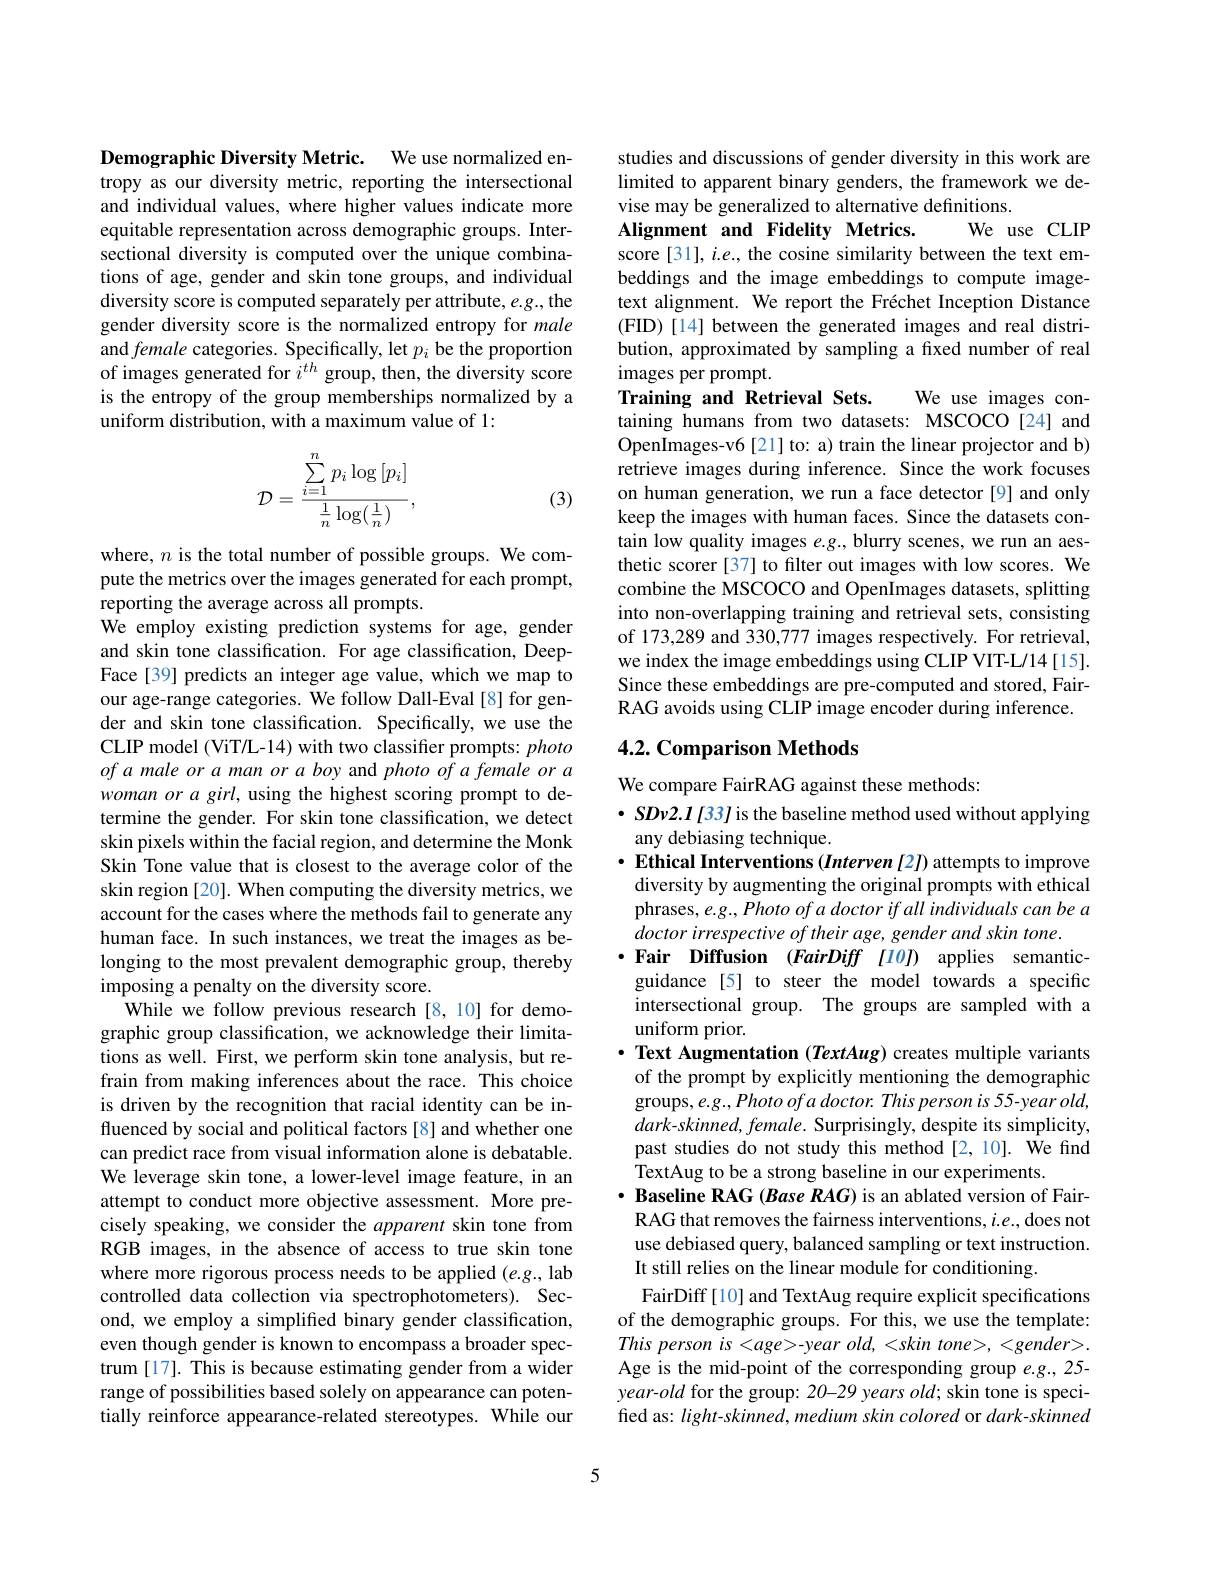
Demographic Diversity Metric. We use normalized en-

tropy as our diversity metric, reporting the intersectional and individual values, where higher values indicate more equitable representation across demographic groups. Intersectional diversity is computed over the unique combinations of age, gender and skin tone groups, and individual diversity score is computed separately per attribute, e.g., the gender diversity score is the normalized entropy for male and female categories. Specifically, let $p_i$ be the proportion of images generated for $i^{th}$ group, then, the diversity score is the entropy of the group memberships normalized by a uniform distribution, with a maximum value of 1:
$$\mathcal{D}=\frac{\sum\limits_{i=1}^{n}p_{i}\log\left[p_{i}\right]}{\frac{1}{n}\log(\frac{1}{n})},$$
(3)

where, $n$ is the total number of possible groups. We compute the metrics over the images generated for each prompt, reporting the average across all prompts.
We employ existing prediction systems for age, gender and skin tone classification. For age classification, DeepFace[39] predicts an integer age value, which we map to our age-range categories. We follow Dall-Eval [8] for gender and skin tone classification. Specifically, we use the CLIP model (ViT/L-14) with two classifier prompts: photo of a male or a man or a boy and photo of a female or a woman or a girl, using the highest scoring prompt to determine the gender. For skin tone classification, we detect skin pixels within the facial region, and determine the Monk Skin Tone value that is closest to the average color of the skin region [20]. When computing the diversity metrics, we account for the cases where the methods fail to generate any human face. In such instances, we treat the images as belonging to the most prevalent demographic group, thereby imposing a penalty on the diversity score.
While we follow previous research [8,10] for demographic group classification, we acknowledge their limitations as well. First, we perform skin tone analysis, but refrain from making inferences about the race. This choice is driven by the recognition that racial identity can be influenced by social and political factors [8] and whether one can predict race from visual information alone is debatable. We leverage skin tone, a lower-level image feature, in an attempt to conduct more objective assessment. More precisely speaking, we consider the apparent skin tone from RGB images, in the absence of access to true skin tone where more rigorous process needs to be applied (e.g., lab controlled data collection via spectrophotometers). Second, we employ a simplified binary gender classification, even though gender is known to encompass a broader spectrum [17]. This is because estimating gender from a wider range of possibilities based solely on appearance can potentially reinforce appearance-related stereotypes. While our

studies and discussions of gender diversity in this work are limited to apparent binary genders, the framework we devise may be generalized to alternative definitions.
We use CLIP
Alignment and Fidelity Metrics.
score [31], i.e., the cosine similarity between the text embeddings and the image embeddings to compute imagetext alignment. We report the Fréchet Inception Distance (FID)[14] between the generated images and real distribution, approximated by sampling a fixed number of real images per prompt.
Training and Retrieval Sets.
We use images con-
taining humans from two datasets: MSCOCO[24] and OpenImages-v6[21] to: a) train the linear projector and b) retrieve images during inference. Since the work focuses on human generation, we run a face detector [9] and only keep the images with human faces. Since the datasets contain low quality images $e.g.$, blurry scenes, we run an aesthetic scorer [37] to filter out images with low scores. We combine the MSCOCO and OpenImages datasets, splitting into non-overlapping training and retrieval sets, consisting of 173,289 and 330,777 images respectively. For retrieval, we index the image embeddings using CLIP VIT-L/14 [15]. Since these embeddings are pre-computed and stored, FairRAG avoids using CLIP image encoder during inference.

## 4.2. Comparison Methods

We compare FairRAG against these methods:

$\bullet SDv2.I[33]$ is the baseline method used without applying
any debiasing technique.
$\cdot$ Ethical Interventions (Interven [2]) attempts to improve diversity by augmenting the original prompts with ethical phrases, e.g., Photo of a doctor if all individuals can be a doctor irrespective of their age, gender and skin tone.
$\cdot$Fair Diffusion (FairDiff [10]) applies semantic-
guidance [5] to steer the model towards a specific intersectional group. The groups are sampled with a uniform prior.
$\cdot$ Text Augmentation (TextAug) creates multiple variants of the prompt by explicitly mentioning the demographic groups, e.g., Photo of a doctor. This person is 55-year old, dark-skinned, female. Surprisingly, despite its simplicity, past studies do not study this method[2,10]. We find TextAug to be a strong baseline in our experiments.
$\cdot$ Baseline RAG (Base RAG) is an ablated version of FairRAG that removes the fairness interventions, $i.e.$,does not use debiased query, balanced sampling or text instruction. It still relies on the linear module for conditioning.
FairDiff [10] and TextAug require explicit specifications of the demographic groups. For this, we use the template: $Thispersonis<age>-yearold,<skintone>,<gender>.$ Age is the mid-point of the corresponding group $e.g.,25$- year-old for the group: 20-29 years old; skin tone is specified as: light-skinned, medium skin colored or dark-skinned

5